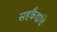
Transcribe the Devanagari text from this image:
सहकैद्यांचे